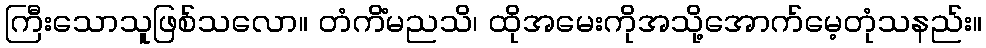
ကြီးသောသူဖြစ်သလော။ တံကိံမညသိ၊ ထိုအမေးကိုအသို့အောက်မေ့တုံသနည်း။